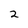
Character: 2